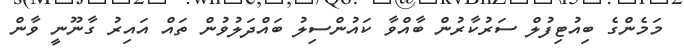
މަމެންގެ ބިއުޓިފުލް ސަރުކާރުން ބާއްވާ ކައުންސިލު ބައްދަލުވުން ތައް އައިރު ގާނޫނީ ވާން